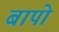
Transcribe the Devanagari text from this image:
बापो